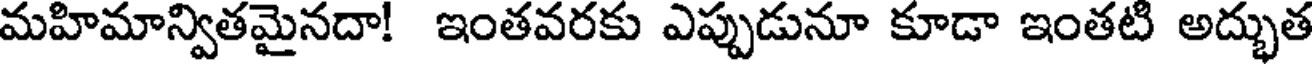
మహిమాన్వితమైనదా! ఇంతవరకు ఎప్పుడునూ కూడా ఇంతటి అద్భుత